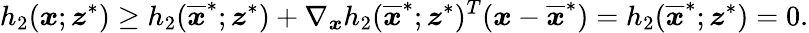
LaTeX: h_{2}(\boldsymbol{x};\boldsymbol{z}^{*})\geq h_{2}(\overline{{\boldsymbol{x}}}^{*};\boldsymbol{z}^{*})+\nabla_{\boldsymbol{x}}h_{2}(\overline{{\boldsymbol{x}}}^{*};\boldsymbol{z}^{*})^{T}(\boldsymbol{x}-\overline{{\boldsymbol{x}}}^{*})=h_{2}(\overline{{\boldsymbol{x}}}^{*};\boldsymbol{z}^{*})=0.